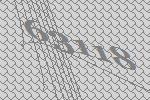
63118